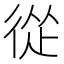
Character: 從